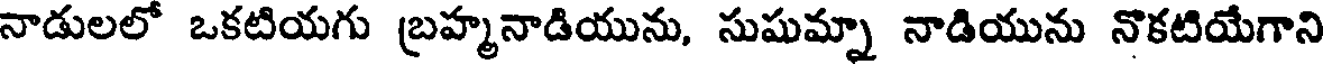
నాడులలో ఒకటియగు బ్రహ్మనాడియును, సుషుమ్నా నాడియును నొకటియేగాని